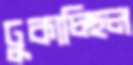
ঢুকাচ্ছিল